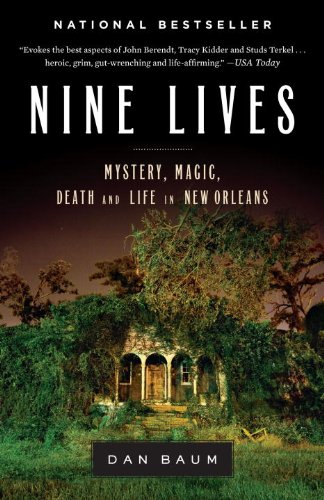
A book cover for Nine Lives: Mystery, Magic, Death, and Life in New Orleans; Dan Baum; Biographies & Memoirs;